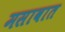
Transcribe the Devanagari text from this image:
मसावात